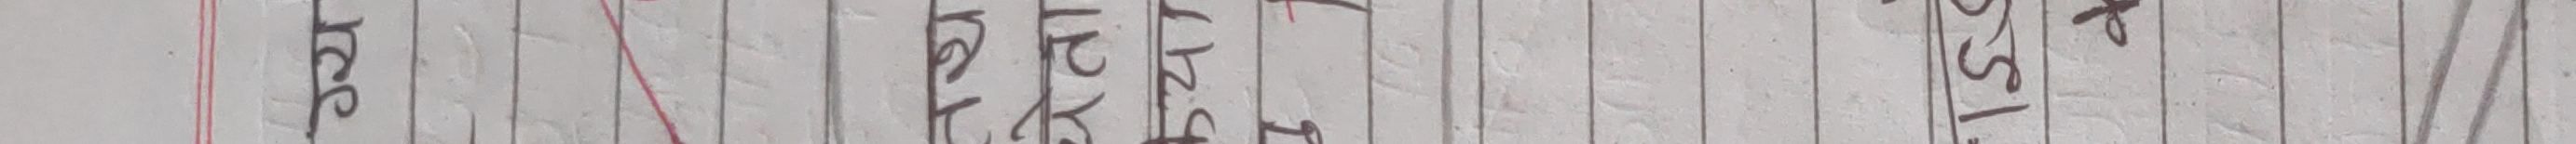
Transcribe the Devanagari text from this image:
३२१ माघ १६ गते रोज्।